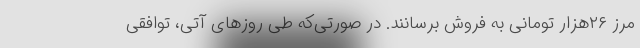
مرز ۲۶‌هزار تومانی به فروش برسانند. در صورتی‌که طی روزهای آتی، توافقی